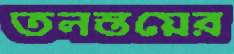
তলস্তয়ের